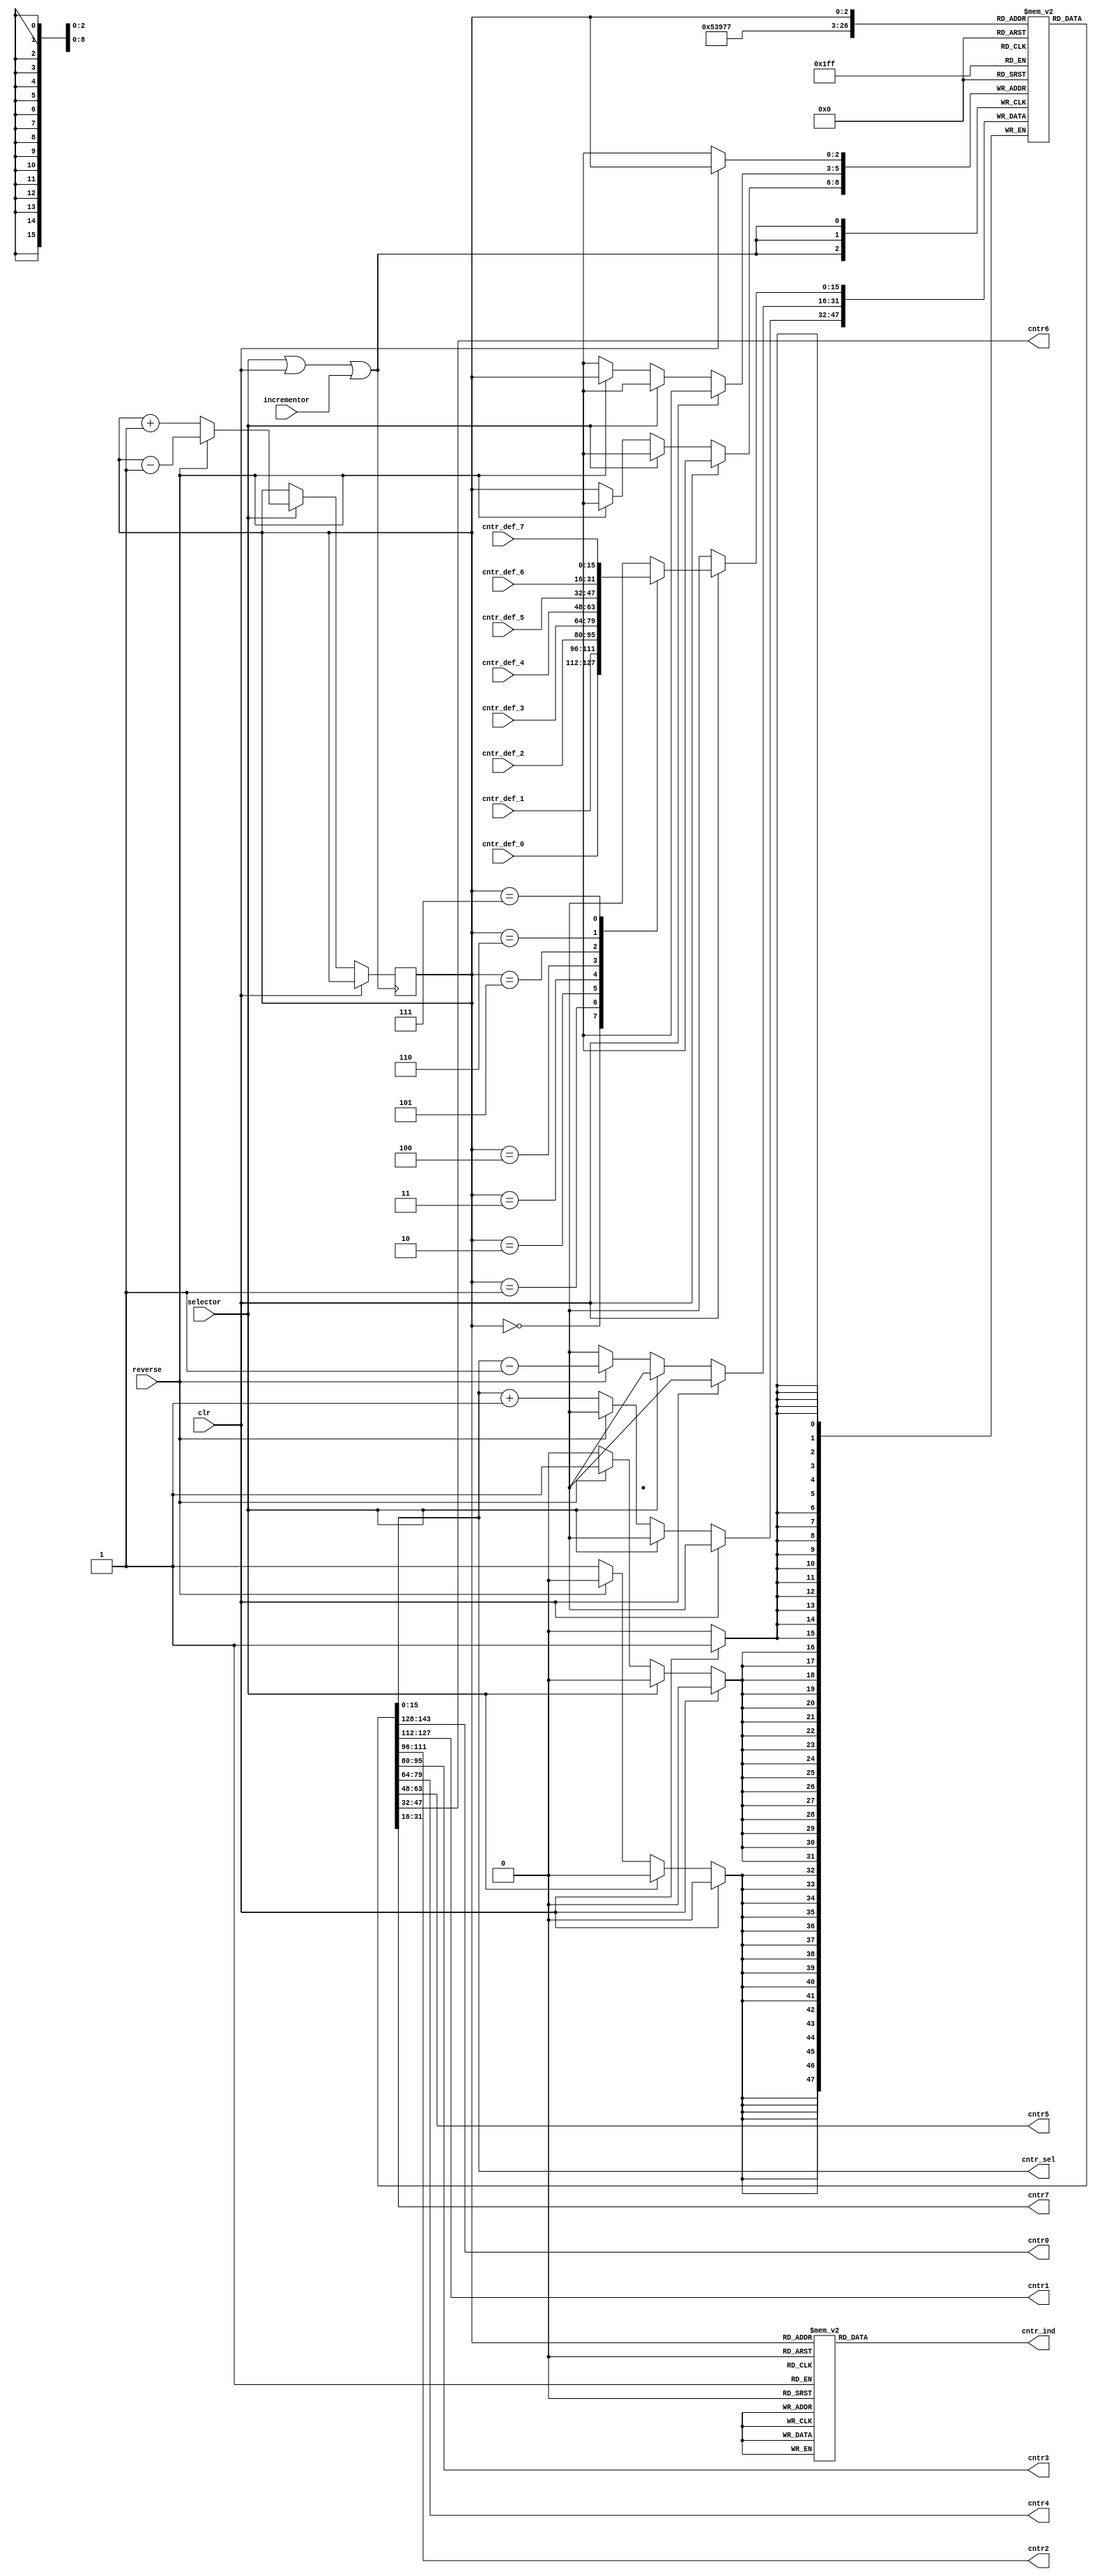
module counter_group
(
  input selector,
  input incrementor,
  input reverse,
  input clr,
  input wire [15:0]cntr_def_0,
  input wire [15:0]cntr_def_1,
  input wire [15:0]cntr_def_2,
  input wire [15:0]cntr_def_3,
  input wire [15:0]cntr_def_4,
  input wire [15:0]cntr_def_5,
  input wire [15:0]cntr_def_6,
  input wire [15:0]cntr_def_7,
  output wire [15:0]cntr0,
  output wire [15:0]cntr1,
  output wire [15:0]cntr2,
  output wire [15:0]cntr3,
  output wire [15:0]cntr4,
  output wire [15:0]cntr5,
  output wire [15:0]cntr6,
  output wire [15:0]cntr7,
  output wire [15:0]cntr_sel,
  output reg [7:0]cntr_ind
);


reg [2:0] cntr_cur;
reg [15:0] cntrs[7:0];
assign cntr0 = cntrs[0];
assign cntr1 = cntrs[1];
assign cntr2 = cntrs[2];
assign cntr3 = cntrs[3];
assign cntr4 = cntrs[4];
assign cntr5 = cntrs[5];
assign cntr6 = cntrs[6];
assign cntr7 = cntrs[7];

wire [15:0] cntrs_def_int[7:0];
assign cntrs_def_int[0] = cntr_def_0;
assign cntrs_def_int[1] = cntr_def_1;
assign cntrs_def_int[2] = cntr_def_2;
assign cntrs_def_int[3] = cntr_def_3;
assign cntrs_def_int[4] = cntr_def_4;
assign cntrs_def_int[5] = cntr_def_5;
assign cntrs_def_int[6] = cntr_def_6;
assign cntrs_def_int[7] = cntr_def_7;

assign cntr_sel = cntrs[cntr_cur];

wire s = selector | clr | incrementor;
always @(posedge s) begin
  if (clr == 1) begin
    /* cntrs[cntr_cur] <= 0; */
    cntrs[cntr_cur] <= cntrs_def_int[cntr_cur];
  end else if (selector == 1) begin
    if (reverse == 1)
      cntr_cur <= cntr_cur - 1;
    else
      cntr_cur <= cntr_cur + 1;
  end else begin
    if (reverse == 1)
      cntrs[cntr_cur] <= cntrs[cntr_cur] - 1;
    else
      cntrs[cntr_cur] <= cntrs[cntr_cur] + 1;
  end
end


always @(cntr_cur) begin
  case(cntr_cur)
    0: cntr_ind <= 8'H01;
    1: cntr_ind <= 8'H02;
    2: cntr_ind <= 8'H04;
    3: cntr_ind <= 8'H08;
    4: cntr_ind <= 8'H10;
    5: cntr_ind <= 8'H20;
    6: cntr_ind <= 8'H40;
    7: cntr_ind <= 8'H80;
  endcase
end

endmodule